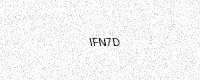
Text: IFN7D